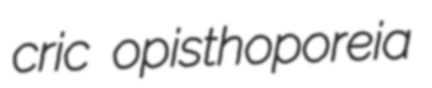
cric opisthoporeia